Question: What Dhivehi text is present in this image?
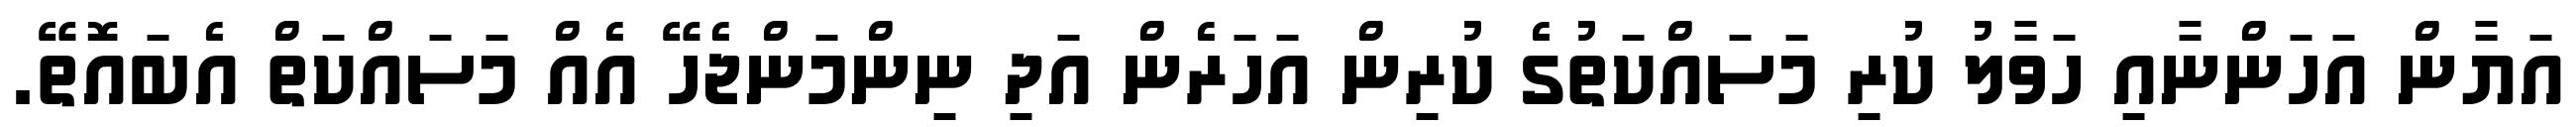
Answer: އަޔާން އަހަންނާއި ހަވާލު ކުރި މަސައްކަތުގެ ކުރިން އަހަރެން އަދި ނިންމަންޖެހޭ އެއް މަސައްކަތް އެބައޮތޭ.